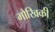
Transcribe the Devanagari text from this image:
मौखिकी